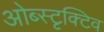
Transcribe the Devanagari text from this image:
ओब्स्टृक्टिव